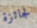
لجائزة